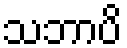
သဘာပိ